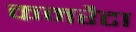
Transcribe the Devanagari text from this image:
कमरैटा